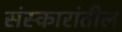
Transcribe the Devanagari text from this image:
संस्कारांतील